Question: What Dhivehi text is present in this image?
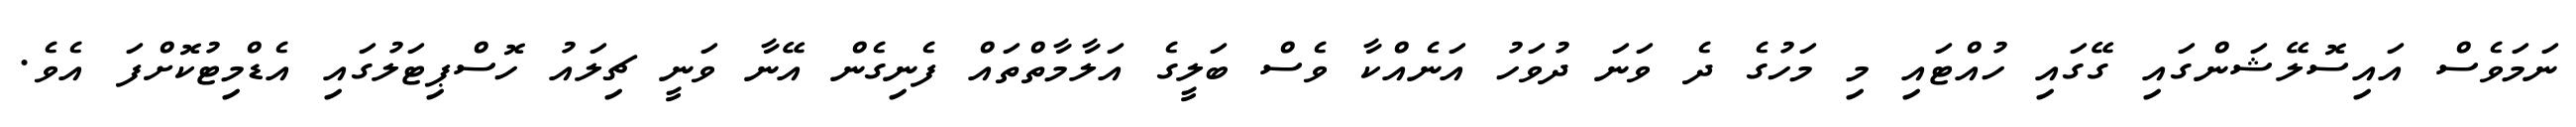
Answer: ނަމަވެސް އައިސޮލޭޝަންގައި ގޭގައި ހުއްޓައި މި މަހުގެ ދެ ވަނަ ދުވަހު އަނެއްކާ ވެސް ބަލީގެ އަލާމާތްތައް ފެނިގެން އޭނާ ވަނީ ޗިލައު ހޮސްޕިޓަލުގައި އެޑްމިޓުކޮށްފަ އެވެ.